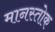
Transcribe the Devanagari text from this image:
मानस्तोक